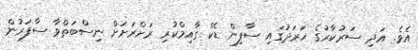
އެވެ. އަދި ސަރުކާރުގެ ހަރަދުގައި ސާފިން ޑެކް ގާއިމްކުރި ރަށްރަށަށް ނިސްބަތްވާ ސާފަރުން